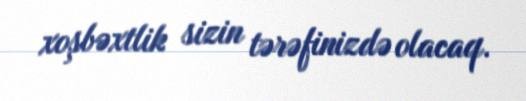
xoşbəxtlik sizin tərəfinizdə olacaq.